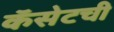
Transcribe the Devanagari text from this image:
कॅसेटची